Indian Civil Veterinary Department memoirs
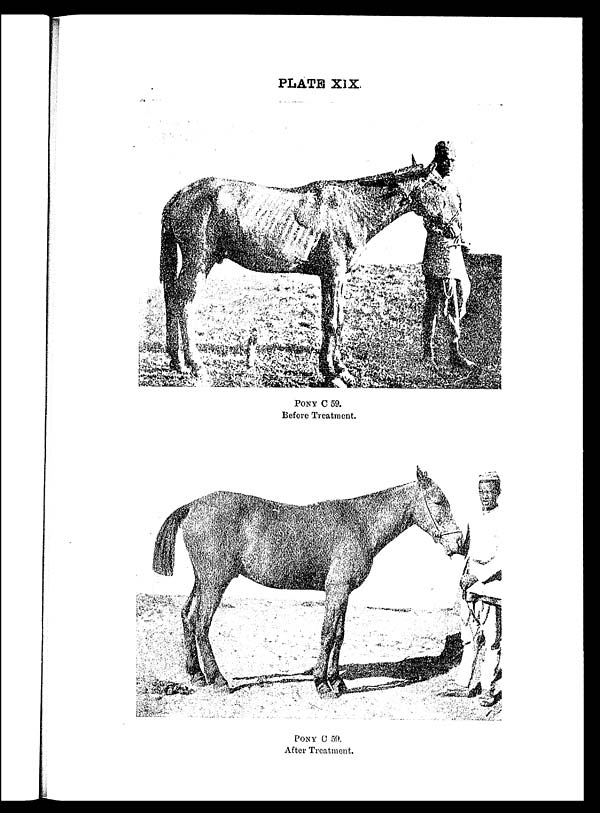
PLATE XIX.
PONY C 59.
Before Treatment.
PONY C 59.
After Treatment.